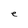
Character: e